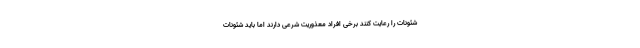
شئونات را رعایت کنند برخی افراد معذوریت شرعی دارند اما باید شئونات